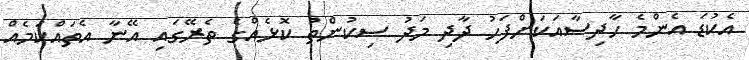
އެކުޑަ އެންމެ ހާދިސާއަކަށްފަހު ދާދި މަދު ސިކުންތު ކޮޅެއްގެ ތެރޭގައި އޭނާ އެތައްކަމެއް